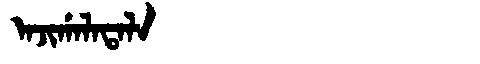
Manchu: ᠠᠵᡳᡤᠠᠯᠠᡨᠠᠯᠠ
Romanization: AJIGALATALA